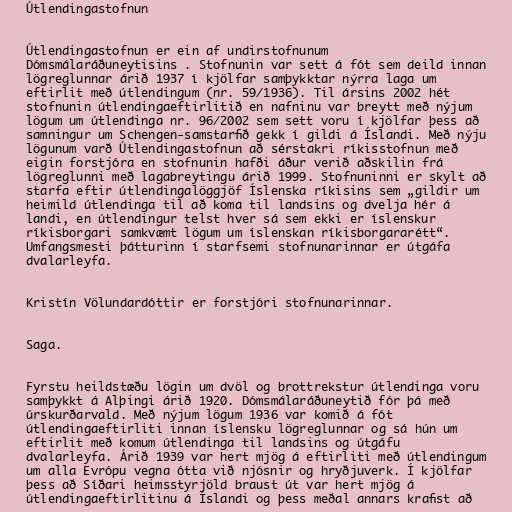
Útlendingastofnun

Útlendingastofnun er ein af undirstofnunum
Dómsmálaráðuneytisins . Stofnunin var sett á fót sem deild innan
lögreglunnar árið 1937 í kjölfar samþykktar nýrra laga um
eftirlit með útlendingum (nr. 59/1936). Til ársins 2002 hét
stofnunin útlendingaeftirlitið en nafninu var breytt með nýjum
lögum um útlendinga nr. 96/2002 sem sett voru í kjölfar þess að
samningur um Schengen-samstarfið gekk í gildi á Íslandi. Með nýju
lögunum varð Útlendingastofnun að sérstakri ríkisstofnun með
eigin forstjóra en stofnunin hafði áður verið aðskilin frá
lögreglunni með lagabreytingu árið 1999. Stofnuninni er skylt að
starfa eftir útlendingalöggjöf Íslenska ríkisins sem „gildir um
heimild útlendinga til að koma til landsins og dvelja hér á
landi, en útlendingur telst hver sá sem ekki er íslenskur
ríkisborgari samkvæmt lögum um íslenskan ríkisborgararétt“.
Umfangsmesti þátturinn í starfsemi stofnunarinnar er útgáfa
dvalarleyfa.

Kristín Völundardóttir er forstjóri stofnunarinnar.

Saga.

Fyrstu heildstæðu lögin um dvöl og brottrekstur útlendinga voru
samþykkt á Alþingi árið 1920. Dómsmálaráðuneytið fór þá með
úrskurðarvald. Með nýjum lögum 1936 var komið á fót
útlendingaeftirliti innan íslensku lögreglunnar og sá hún um
eftirlit með komum útlendinga til landsins og útgáfu
dvalarleyfa. Árið 1939 var hert mjög á eftirliti með útlendingum
um alla Evrópu vegna ótta við njósnir og hryðjuverk. Í kjölfar
þess að Síðari heimsstyrjöld braust út var hert mjög á
útlendingaeftirlitinu á Íslandi og þess meðal annars krafist að